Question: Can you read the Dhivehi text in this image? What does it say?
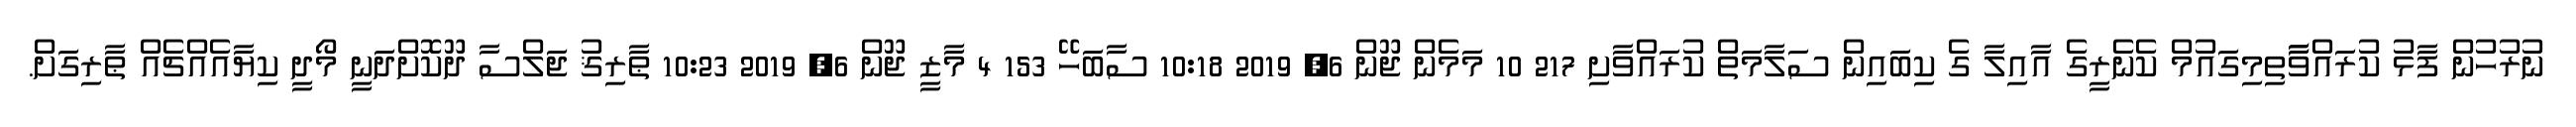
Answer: ނުރުހުން ފާޅު ކުރައްވާާތިމިގައުމް ކެނެރީގެ އާއިލާ ގެ ކިބައިން ސަލާމަތް ކުރައްވާށި 217 10 މަމެން ޖޫން 6, 2019 10:18 ސާބަހޭ 153 4 މާޒީ ޖޫން 6, 2019 10:23 ޠާރިޤު ޖަލްސާ ދޫކޮށްދަނީ މޯދީ ކިޔާއެއްޗެއް ޠާރިގަށް.